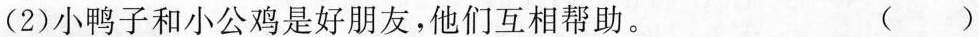
(2)小鸭子和小公鸡是好朋友，他们互相帮助。 ( )